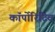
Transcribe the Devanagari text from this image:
कॉर्पोरिटिव